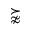
\succnapprox